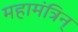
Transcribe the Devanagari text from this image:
महामंत्रिन्‌